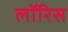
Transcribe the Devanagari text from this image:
लॉरिस